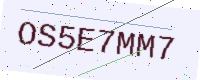
Text: OS5E7MM7